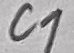
Text: C1